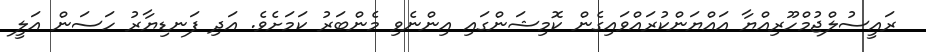
ރައީސުލްޖުމްހޫރިއްޔާ އައްޔަންކުރައްވައިގެން ކޮމިޝަންގައި އިންނެވި މެންބަރު ކަމަށެވެ. އަދި ފަނޑިޔާރު ހަސަން އަލީ